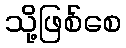
သို့ဖြစ်စေ